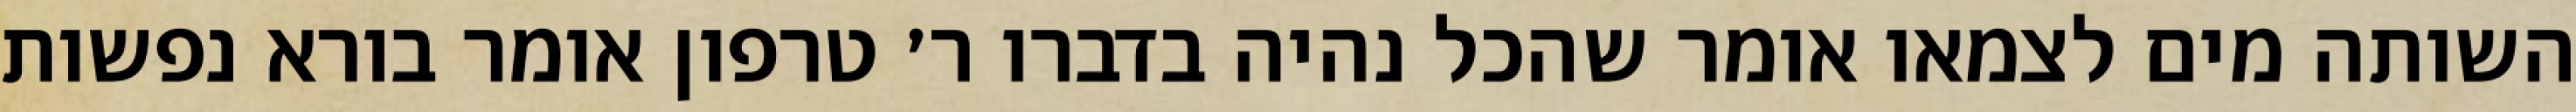
השותה מים לצמאו אומר שהכל נהיה בדברו ר׳ טרפון אומר בורא נפשות